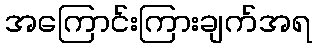
အကြောင်းကြားချက်အရ